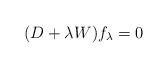
LaTeX: \begin{align*} (D + \lambda W) f_\lambda = 0\end{align*}